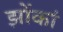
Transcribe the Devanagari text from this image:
झोंकां